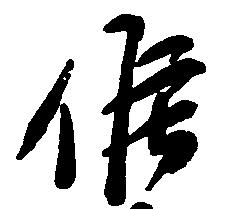
候